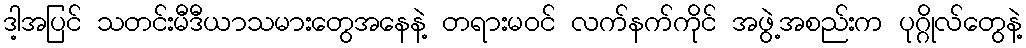
ဒါ့အပြင် သတင်းမီဒီယာသမားတွေအနေနဲ့ တရားမဝင် လက်နက်ကိုင် အဖွဲ့အစည်းက ပုဂ္ဂိုလ်တွေနဲ့